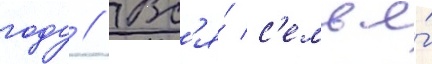
году // Вс'я́ с'емья́